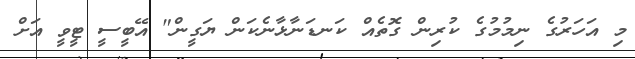
މި އަހަރުގެ ނިމުމުގެ ކުރިން ގޮތެއް ކަނޑަނާޅާނެކަން ޔަގީން" އޭބީސީ ޓީވީ އަށް